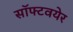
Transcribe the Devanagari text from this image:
सॉफ्टवयेर